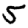
Digit: 5